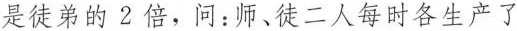
是徒弟的2倍，问：师、徒二人每时各生产了